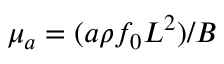
\mu _ { a } = ( a \rho f _ { 0 } L ^ { 2 } ) / B